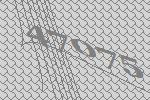
47075